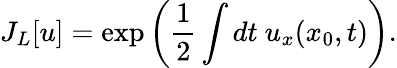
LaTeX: J_{L}[u]=\exp\left(\frac{1}{2}\int dt~u_{x}(x_{0},t)\right).